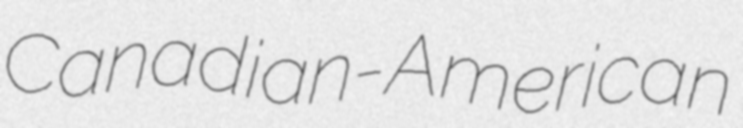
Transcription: Canadian-American